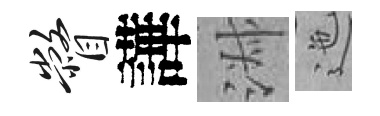
瞥譁淑迤